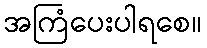
အကြံပေးပါရစေ။